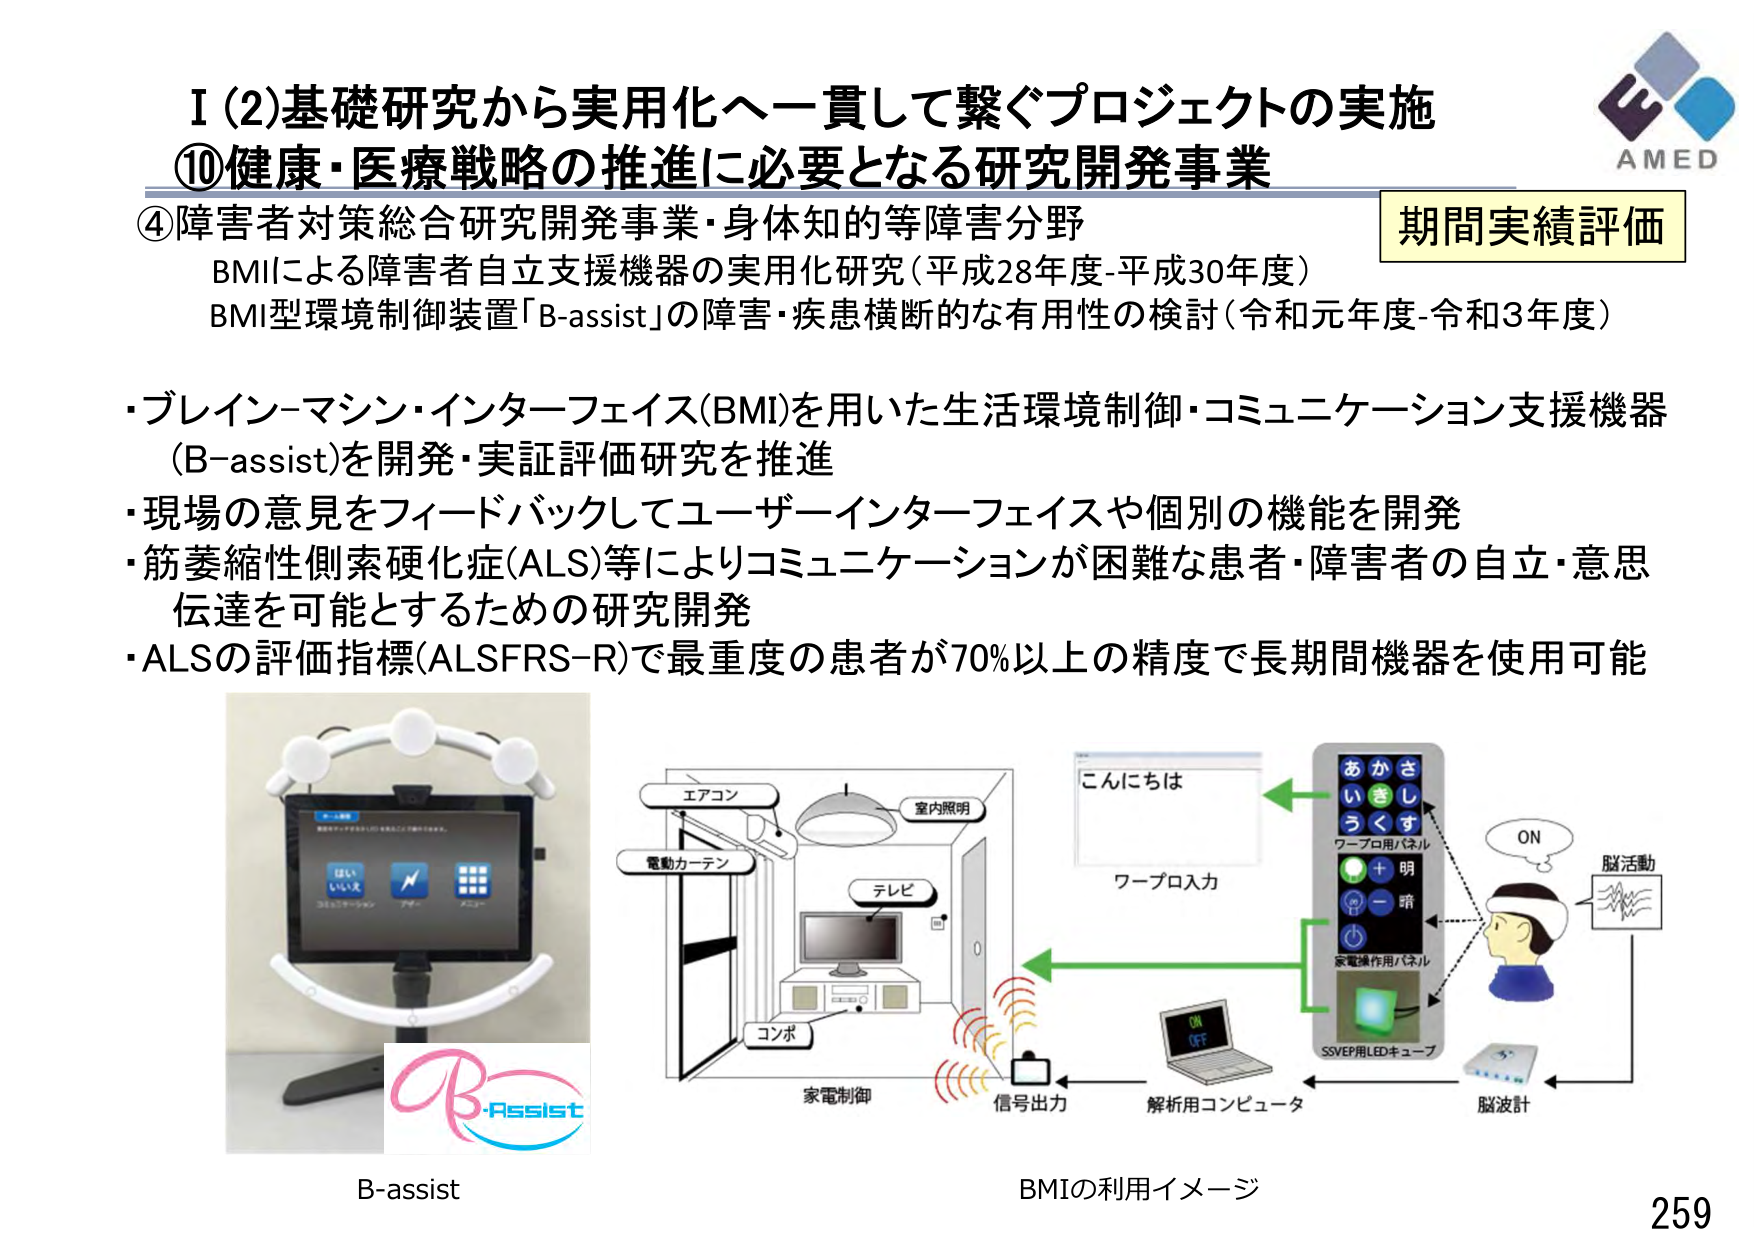
I (2) 基礎研究から実用化へ一貫して繋ぐプロジェクトの実施
⑩健康・医療戦略の推進に必要となる研究開発事業
④障害者対策総合研究開発事業・身体知的等障害分野
BMIによる障害者自立支援機器の実用化研究（平成28年度-平成30年度）
BMI型環境制御装置「B-assist」の障害・疾患横断的な有用性の検討（令和元年度-令和3年度）
期間実績評価

・ブレイン-マシン・インターフェイス(BMI)を用いた生活環境制御・コミュニケーション支援機器（B-assist）を開発・実証評価研究を推進
・現場の意見をフィードバックしてユーザーインターフェイスや個別の機能を開発
・筋萎縮性側索硬化症(ALS)等によりコミュニケーションが困難な患者・障害者の自立・意思伝達を可能とするための研究開発
・ALSの評価指標(ALSFRS-R)で最重度の患者が70%以上の精度で長期間機器を使用可能

B-assist
B-Assist

エアコン
電動カーテン
室内照明
テレビ
コンポ
家電制御
信号出力
解析用コンピュータ
ワープロ入力
こんにちは
あ か さ
い き し
う く す
ワープロ用パネル
＋ 明
－ 暗
家電操作用パネル
SSVEP用LEDキューブ
脳波計
脳活動
ON
BMIの利用イメージ
259
AMED